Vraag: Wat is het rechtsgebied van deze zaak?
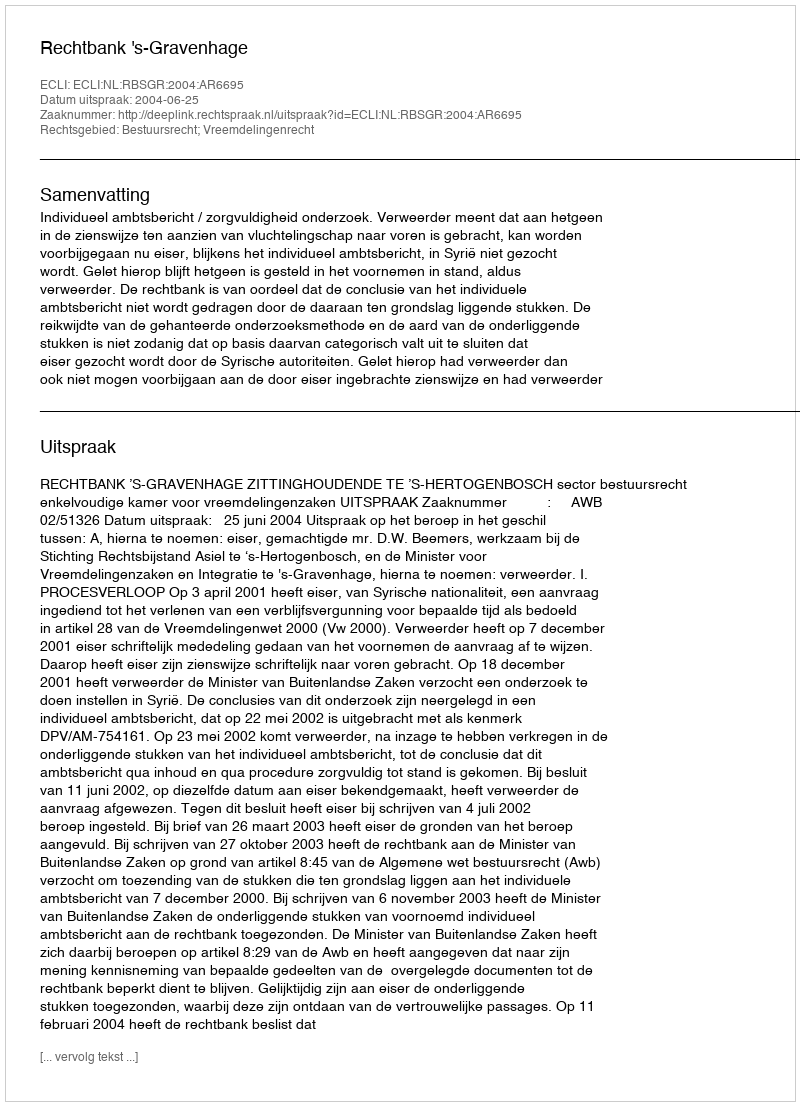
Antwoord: Bestuursrecht; Vreemdelingenrecht